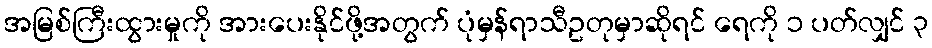
အမြစ်ကြီးထွားမှုကို အားပေးနိုင်ဖို့အတွက် ပုံမှန်ရာသီဥတုမှာဆိုရင် ရေကို ၁ ပတ်လျှင် ၃